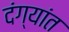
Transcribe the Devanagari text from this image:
दंग्यांत